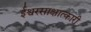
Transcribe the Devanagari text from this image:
ईश्वरसाक्षात्कारी